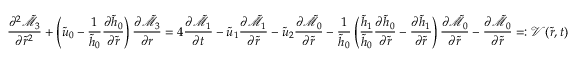
\frac { \partial ^ { 2 } \tilde { \mathcal { M } } _ { 3 } } { \partial \tilde { r } ^ { 2 } } + \left( \tilde { u } _ { 0 } - \frac { 1 } { \tilde { h } _ { 0 } } \frac { \partial \tilde { h } _ { 0 } } { \partial \tilde { r } } \right) \frac { \partial \tilde { \mathcal { M } } _ { 3 } } { \partial r } = 4 \frac { \partial \tilde { \mathcal { M } } _ { 1 } } { \partial t } - \tilde { u } _ { 1 } \frac { \partial \tilde { \mathcal { M } } _ { 1 } } { \partial \tilde { r } } - \tilde { u } _ { 2 } \frac { \partial \tilde { \mathcal { M } } _ { 0 } } { \partial \tilde { r } } - \frac { 1 } { \tilde { h } _ { 0 } } \left( \frac { \tilde { h } _ { 1 } } { \tilde { h } _ { 0 } } \frac { \partial \tilde { h } _ { 0 } } { \partial \tilde { r } } - \frac { \partial \tilde { h } _ { 1 } } { \partial \tilde { r } } \right) \frac { \partial \tilde { \mathcal { M } } _ { 0 } } { \partial \tilde { r } } - \frac { \partial \tilde { \mathcal { M } } _ { 0 } } { \partial \tilde { r } } = : \mathcal { V } ( \tilde { r } , t )